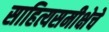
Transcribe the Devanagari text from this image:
साहित्यसमीक्षेचे